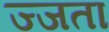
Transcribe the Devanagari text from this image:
ज्जता